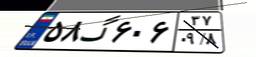
۴۴گ۳۸۴۹۸